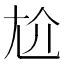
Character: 尬